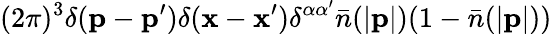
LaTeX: (2\pi)^{3}\delta({\mathbf p}-{\mathbf p}^{\prime})\delta({\mathbf x}-{\mathbf x}^{\prime})\delta^{\alpha\alpha^{\prime}}\bar{n}(|{\mathbf p}|)(1-\bar{n}(|{\mathbf p}|))